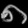
Digit: ၈